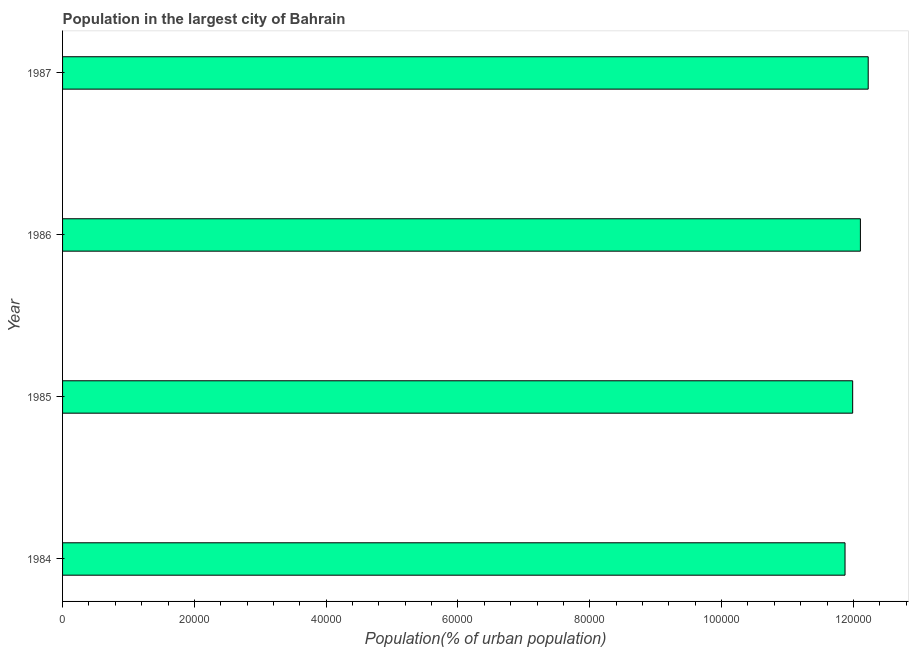
| Year | Population in largest city |
 | --- | --- |
 | 1984 | 1.19e+05 |
 | 1985 | 1.2e+05 |
 | 1986 | 1.21e+05 |
 | 1987 | 1.22e+05 |